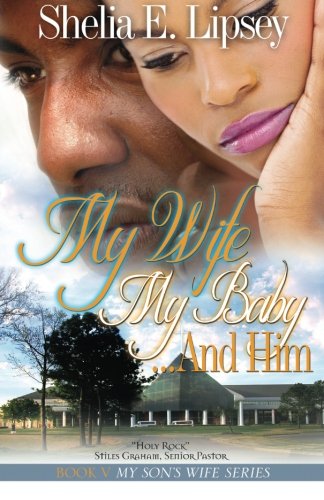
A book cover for My Wife My Baby...And Him (My Son's Wife); Shelia E Lipsey; Literature & Fiction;